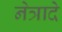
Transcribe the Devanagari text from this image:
नेत्रादे